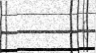
(